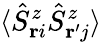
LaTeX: \langle\hat{S}_{\mathbf{r}i}^{z}\hat{S}_{\mathbf{r^{\prime}}j}^{z}\rangle